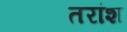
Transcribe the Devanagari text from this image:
तरांश